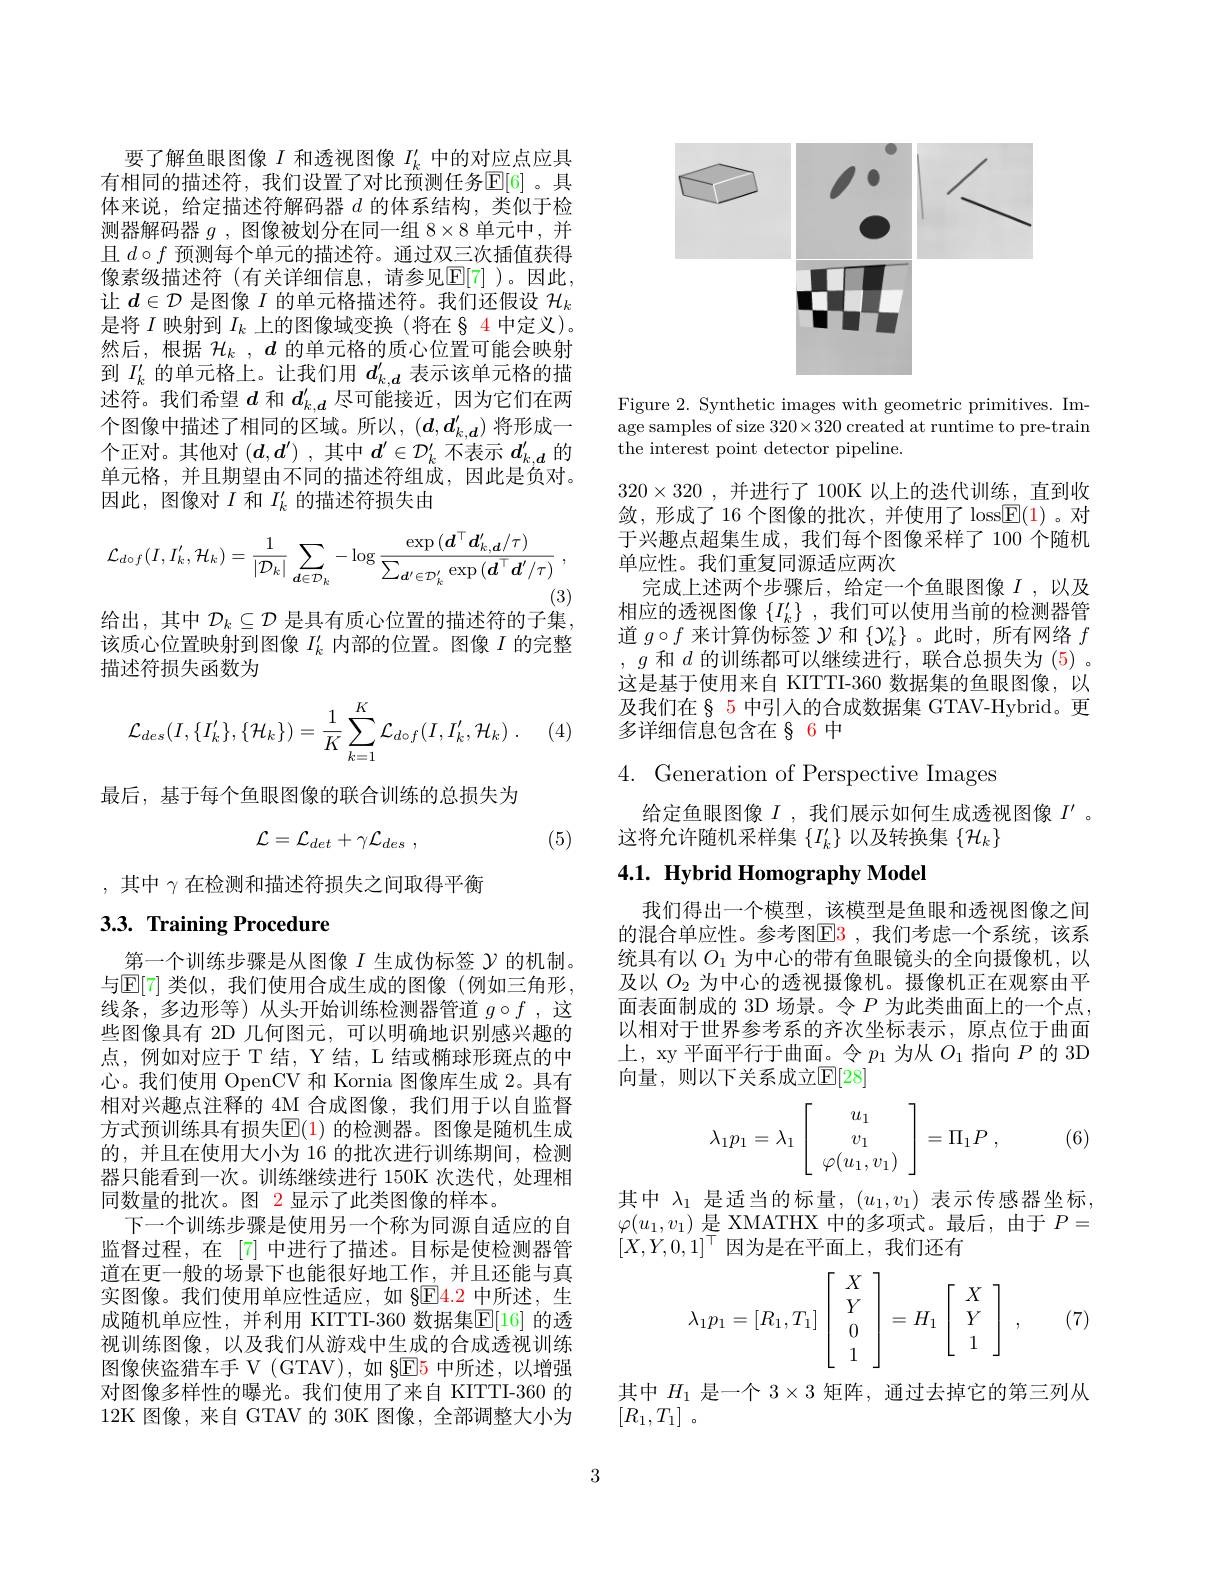
要了解鱼眼图像$I$和透视图像$I_k^{\prime}$中的对应点应具有相同的描述符，我们设置了对比预测任务$\operatorname{E}[6]$ 。具体来说，给定描述符解码器$d$的体系结构，类似于检测器解码器$g$ ,图像被划分在同一组 8$\times8$单元中，并且$d\circ f$预测每个单元的描述符。通过双三次插值获得像素级描述符(有关详细信息，请参见$\overline{\mathbb{E}}[7]$)。因此， 让$d\in\mathcal{D}$是图像$I$的单元格描述符。我们还假设$\mathcal{H}_k$ 是将$I$映射到$I_k$上的图像域变换(将在§ 4 中定义)。然后，根据$\mathcal{H} _k$ , $d$的单元格的质心位置可能会映射到$I_k^{\prime}$的单元格上。让我们用$d_k,d^{\prime}$表示该单元格的描述符。我们希望$d$和$d_{k,d}^{\prime}$尽可能接近，因为它们在两个图像中描述了相同的区域。所以，$(d,d_{k,\boldsymbol{d}}^{\prime})$将形成一个正对。其他对$( d, d^{\prime })$ ,其中$d^\prime\in\mathcal{D}_k^{\prime}$不表示$d_{k,d}^{\prime}$的单元格，并且期望由不同的描述符组成，因此是负对。因此，图像对$I$和$I_k^{\prime}$的描述符损失由
$$\mathcal{L}_{d\circ f}(I,I_{k}^{'},\mathcal{H}_{k})=\frac{1}{|\mathcal{D}_{k}|}\sum_{\boldsymbol{d}\in\mathcal{D}_{k}}-\log\frac{\exp{(\boldsymbol{d}^{\top}\boldsymbol{d}_{k,\boldsymbol{d}}^{\prime}/\tau)}}{\sum_{\boldsymbol{d}^{\prime}\in\mathcal{D}_{k}^{\prime}}\exp{(\boldsymbol{d}^{\top}\boldsymbol{d}^{\prime}/\tau)}}\:,$$
给出，其中$\mathcal{D}_k\subseteq\mathcal{D}$是具有质心位置的描述符的子集，

该质心位置映射到图像$I_k^{\prime}$内部的位置。图像$I$的完整
描述符损失函数为
$$\mathcal{L}_{des}(I,\{I_k'\},\{\mathcal{H}_k\})=\frac{1}{K}\sum_{k=1}^{K}\mathcal{L}_{d\circ f}(I,I_k',\mathcal{H}_k)\:.$$
(4)

最后，基于每个鱼眼图像的联合训练的总损失为
$$\mathcal{L}=\mathcal{L}_{det}+\gamma\mathcal{L}_{des}\:,$$
(5)

,其中$\gamma$在检测和描述符损失之间取得平衡

# 3.3. Training Procedure

第一个训练步骤是从图像$I$生成伪标签$\mathcal{Y}$的机制。与$\operatorname{E}[7]$ 类似，我们使用合成生成的图像(例如三角形， 线条，多边形等)从头开始训练检测器管道$g\circ f$ ,这些图像具有 2D 几何图元，可以明确地识别感兴趣的点，例如对应于 T 结，Y 结，L 结或椭球形斑点的中心。我们使用 OpenCV 和 Kornia 图像库生成 2。具有相对兴趣点注释的 4M 合成图像，我们用于以自监督方式预训练具有损失$\mathbb{E}(1)$ 的检测器。图像是随机生成的，并且在使用大小为 16 的批次进行训练期间，检测器只能看到一次。训练继续进行 150K 次迭代，处理相同数量的批次。图 2 显示了此类图像的样本。
下一个训练步骤是使用另一个称为同源自适应的自监督过程，在[7]中进行了描述。目标是使检测器管道在更一般的场景下也能很好地工作，并且还能与真实图像。我们使用单应性适应，如 §E4. 2中所述，生成随机单应性，并利用 KITTI-360 数据集$\boxed{\mathrm{E}}[16]$ 的透视训练图像，以及我们从游戏中生成的合成透视训练图像侠盗猎车手 V (GTAV),如 §E5 中所述，以增强对图像多样性的曝光。我们使用了来自 KITTI-360 的12K 图像，来自 GTAV 的 30K 图像，全部调整大小为

<FigureHere>

Figure 2. Synthetic images with geometric primitives. Image samples of size 320×320 created at runtime to pre-train the interest point detector pipeline.

$320\times320$ ,并进行了 100K 以上的迭代训练，直到收敛，形成了 16 个图像的批次，并使用了 loss$\boxed{\mathrm{F}}(1)$ 。对于兴趣点超集生成，我们每个图像采样了 100 个随机单应性。我们重复同源适应两次
完成上述两个步骤后，给定一个鱼眼图像$I$,以及相应的透视图像$\{I_k^{\prime}\}$ ,我们可以使用当前的检测器管道$g\circ f$来计算伪标签$\mathcal{Y}$和$\{\mathcal{Y}_k^\prime\}$ 。此时，所有网络$f$ $,g$和$d$的训练都可以继续进行，联合总损失为 (5)。这是基于使用来自 KITTI-360 数据集的鱼眼图像，以及我们在§ 5 中引人的合成数据集 GTAV-Hybrid。更多详细信息包含在 § 6 中

$4.{\mathrm{~Generation~of~Perspective~Images}}$
给定鱼眼图像$I$ ,我们展示如何生成透视图像$I^{\prime}$ 。
这将允许随机采样集$\{I_k^{\prime}\}$以及转换集$\{\mathcal{H}_k\}$

# 4.1. Hybrid Homography Model

我们得出一个模型，该模型是鱼眼和透视图像之间的混合单应性。参考图$\color{red}{\mathrm{E3~,我们考虑一个系统，该系}}$ 统具有以$O_{1}$为中心的带有鱼眼镜头的全向摄像机，以及以$O_{2}$为中心的透视摄像机。摄像机正在观察由平面表面制成的 3D 场景。令$P$为此类曲面上的一个点， 以相对于世界参考系的齐次坐标表示，原点位于曲面上，xy 平面平行于曲面。令$p_1$为从$O_1$指向$P$的 3D 向量，则以下关系成立$\mathbb{E}[28]$
$$\lambda_1p_1=\lambda_1\left[\begin{array}{c}u_1\\v_1\\\varphi(u_1,v_1)\end{array}\right]=\Pi_1P\:,$$
(6)

其中$\lambda_1$是适当的标量，$(u_1,v_1)$表示传感器坐标， $\varphi(u_1,v_1)$是 XMATHX 中的多项式。最后，由于$P=$ $[X,Y,0,1]^\top$因为是在平面上，我们还有
$$\lambda_1p_1=[R_1,T_1]\left[\begin{array}{c}X\\Y\\0\\1\end{array}\right]=H_1\left[\begin{array}{c}X\\Y\\1\end{array}\right]\:,$$
(7)

其中$H_{1}$是一个$3\times3$矩阵，通过去掉它的第三列从
$[ R_1, T_1]$ 。

3